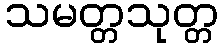
သမတ္တသုတ္တ